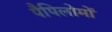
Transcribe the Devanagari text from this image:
पैपिलोमों